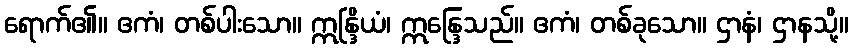
ရောက်၏။ ဧကံ၊ တစ်ပါးသော။ ဣန္ဒြိယံ၊ ဣန္ဒြေသည်။ ဧကံ၊ တစ်ခုသော။ ဌာနံ၊ ဌာနသို့။